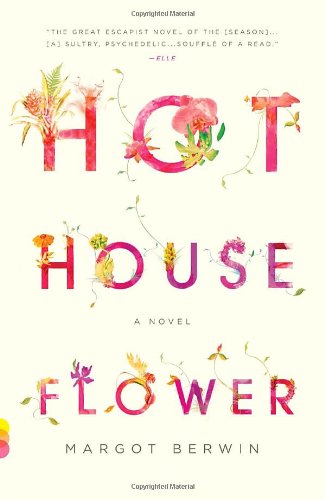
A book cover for Hothouse Flower: and the Nine Plants of Desire (Vintage Contemporaries); Margot Berwin; Literature & Fiction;